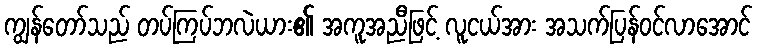
ကျွန်တော်သည် တပ်ကြပ်ဘလဲယား၏ အကူအညီဖြင့် လူငယ်အား အသက်ပြန်ဝင်လာအောင်